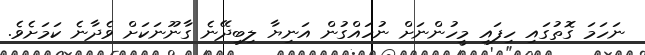
ނަހަމަ ގޮތުގައި ހިފައި މީހުންނަށް ނުހައްގުން އަނިޔާ ލިބިދޭނެ ގާނޫނަކަށް ވެދާނެ ކަމަށެވެ.